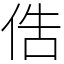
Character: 俈